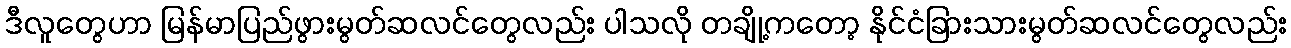
ဒီလူတွေဟာ မြန်မာပြည်ဖွားမွတ်ဆလင်တွေလည်း ပါသလို တချို့ကတော့ နိုင်ငံခြားသားမွတ်ဆလင်တွေလည်း